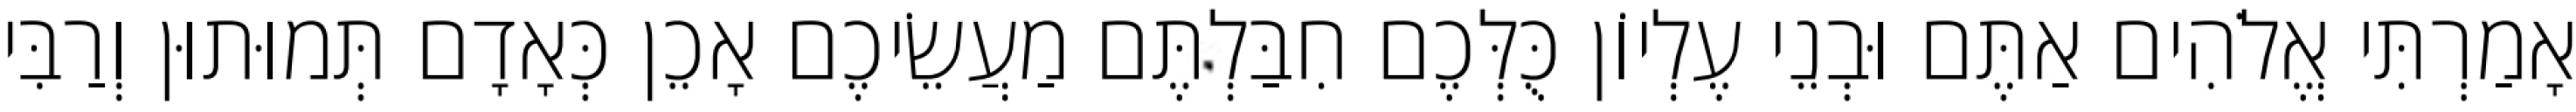
אָמַרְתִּי אֱלֹהִים אַתֶּם וּבְנֵי עֶלְיוֹן כֻּלְּכֶם חִבַּלְתֶּם מַעֲשֵׂיכֶם אָכֵן כְּאָדָם תְּמוּתוּן וְרַבִּי